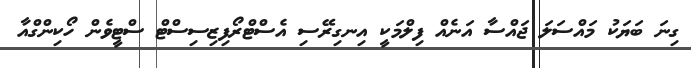
ގިނަ ބަޔަކު މައްސަލަ ޖައްސާ އަނެއް ފިލްމަކީ އިނގިރޭސި އެސްޓްރޯފިޒިސިސްޓް ސްޓީވެން ހޯކިންގްއާ